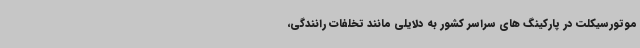
موتورسیکلت در پارکینگ های سراسر کشور به دلایلی مانند تخلفات رانندگی،